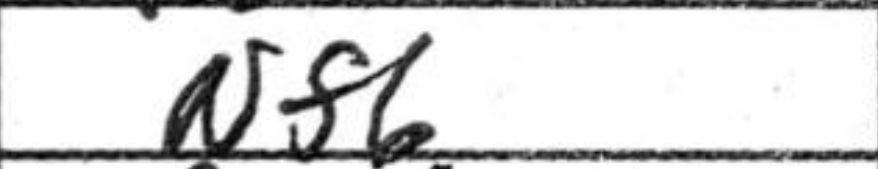
Transcription: Nf6